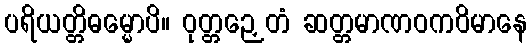
ပရိယတ္တိဓမ္မောပိ။ ဝုတ္တဉှေတံ ဆတ္တမာဏဝကဝိမာနေ